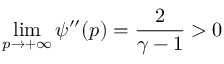
\operatorname* { l i m } _ { p \to + \infty } \psi ^ { \prime \prime } ( p ) = \frac { 2 } { \gamma - 1 } > 0